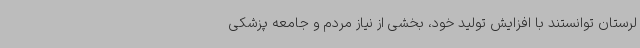
لرستان توانستند با افزایش تولید خود، بخشی از نیاز مردم و جامعه پزشکی